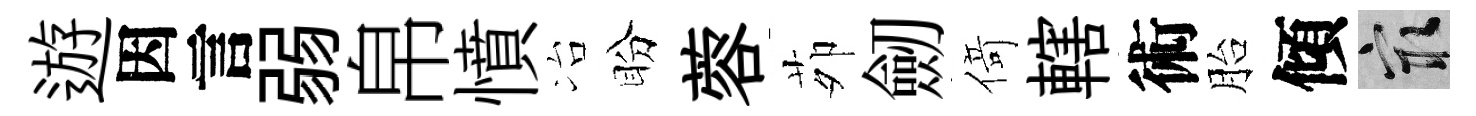
遊因言弱帛憤冶盼蓉茆劒𠋣轄術胎傾冣